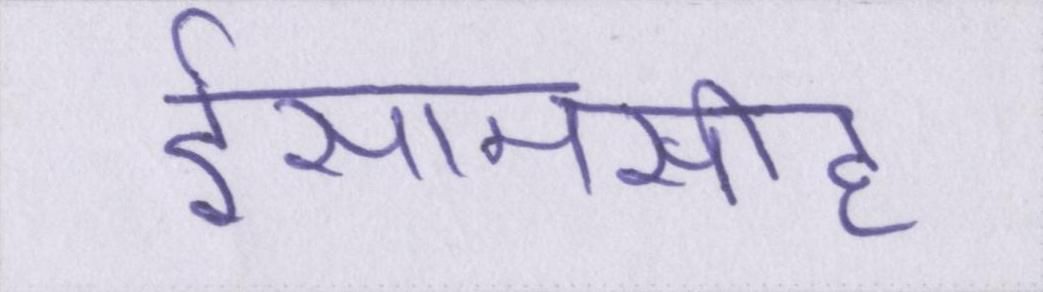
ईसामसीह